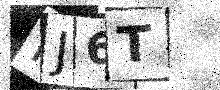
Text: MJ6T